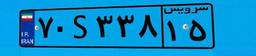
۷۰S۳۳۸۱۵